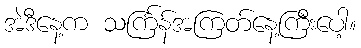
အဲဒီနေ့က သင်္ကြန်အကြတ်နေ့ကြီးပေါ့။